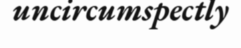
uncircumspectly